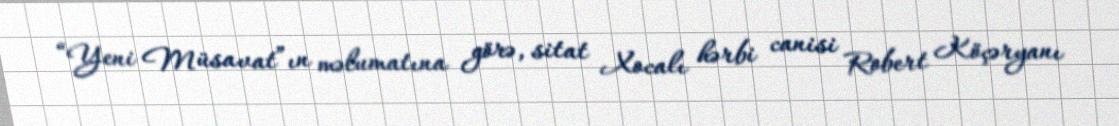
“Yeni Müsavat”ın məlumatına görə, sitat Xocalı hərbi canisi Robert Köçəryanı